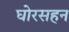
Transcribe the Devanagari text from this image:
घोरसहन